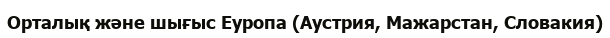
Орталық және шығыс Еуропа (Аустрия, Мажарстан, Словакия)